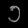
Digit: ၁